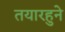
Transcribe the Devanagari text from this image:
तयारहुने